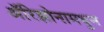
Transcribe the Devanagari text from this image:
अॅरिझोनामधुन